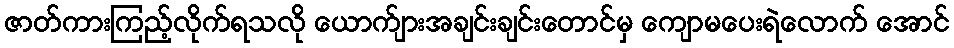
ဇာတ်ကားကြည့်လိုက်ရသလို ယောက်ျားအချင်းချင်းတောင်မှ ကျောမပေးရဲလောက် အောင်